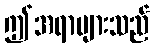
ဤအရာများသည်